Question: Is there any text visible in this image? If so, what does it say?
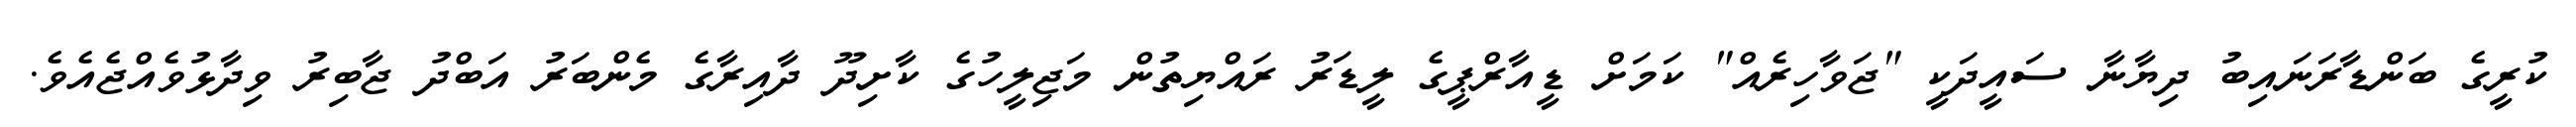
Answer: ކުރީގެ ބަންޑާރަނައިބު ދިޔާނާ ސައީދަކީ "ޖަވާހިރެއް" ކަމަށް ޑީއާރްޕީގެ ލީޑަރު ރައްޔިތުން މަޖިލީހުގެ ކާށިދޫ ދާއިރާގެ މެންބަރު އަބްދު ޖާބިރު ވިދާޅުވެއްޖެއެވެ.